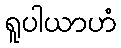
ရူပါယာဟံ